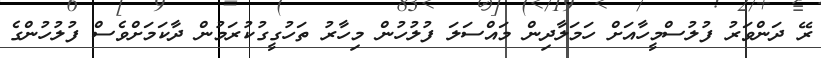
ރޭ ދަންވަރު ފުލުސްމީހާއަށް ހަމަލާދިން މައްސަލަ ފުލުހުން މިހާރު ތަހުގީގުކުރަމުން ދާކަމަށްވެސް ފުލުހުންގެ